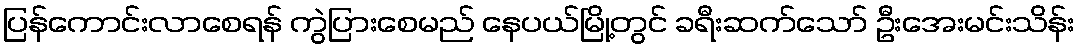
ပြန်ကောင်းလာစေရန် ကွဲပြားစေမည် နေပယ်မြို့တွင် ခရီးဆက်သော် ဦးအေးမင်းသိန်း